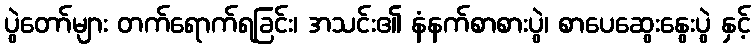
ပွဲတော်များ တက်ရောက်ရခြင်း၊ အသင်း၏ နံနက်စာစားပွဲ၊ စာပေဆွေးနွေးပွဲ နှင့်